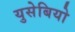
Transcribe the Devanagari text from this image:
युसेबियो